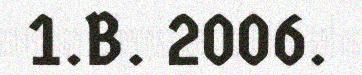
1.B. 2006.